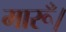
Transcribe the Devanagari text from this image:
मारूँ।